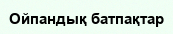
Ойпандық батпақтар